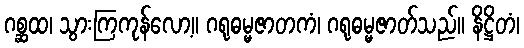
ဂစ္ဆထ၊ သွားကြကုန်လော့။ ဂရုဓမ္မဇာတကံ၊ ဂရုဓမ္မဇာတ်သည်။ နိဋ္ဌိတံ၊